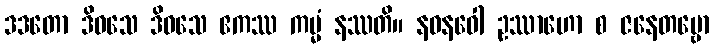
ဒဒတော ဒိဝသေ ဒိဝသေ ဧကဿ ကမ္မံ နဿတိ။ နဝနဝေါ ဥဿာဟော စ ဇနေတဗ္ဗော